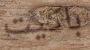
باكيت